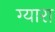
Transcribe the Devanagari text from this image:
ग्यारा